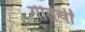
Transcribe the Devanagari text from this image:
गीतेचीं